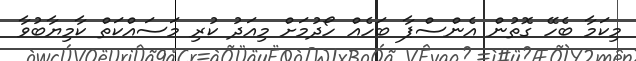
މިކަމާ ބެހޭ ގޮތުން އެންސްޕާ ބަހެއް ހޯދުމަށް މިއަދު ކުރި މަސައްކަތް ކާމިޔާބުވާ